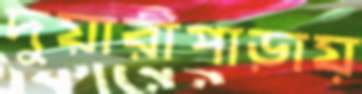
দুয়ারীপাড়ায়